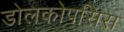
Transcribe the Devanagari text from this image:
डोलकोपसिस